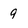
Character: 9